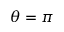
\theta = \pi